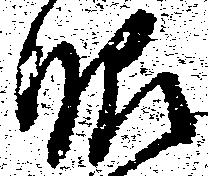
眼